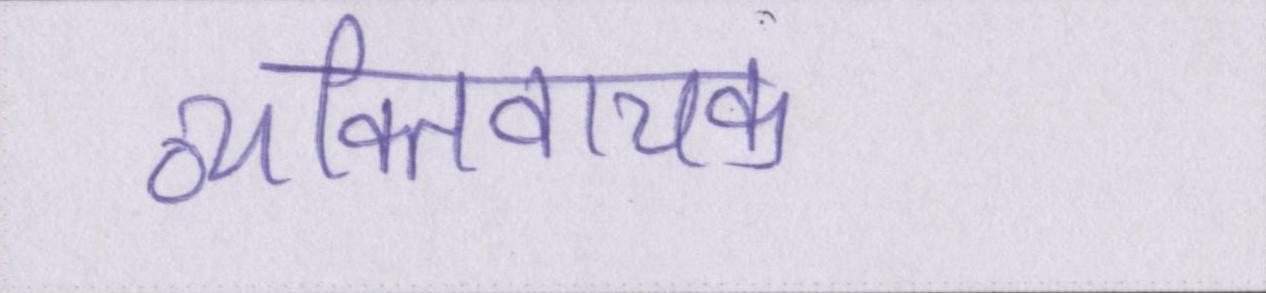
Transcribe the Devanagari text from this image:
व्यक्तिवाचक